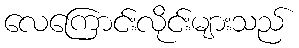
လေကြောင်းလိုင်းများသည်